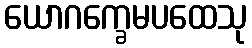
ယောဂက္ခေမပထေသု